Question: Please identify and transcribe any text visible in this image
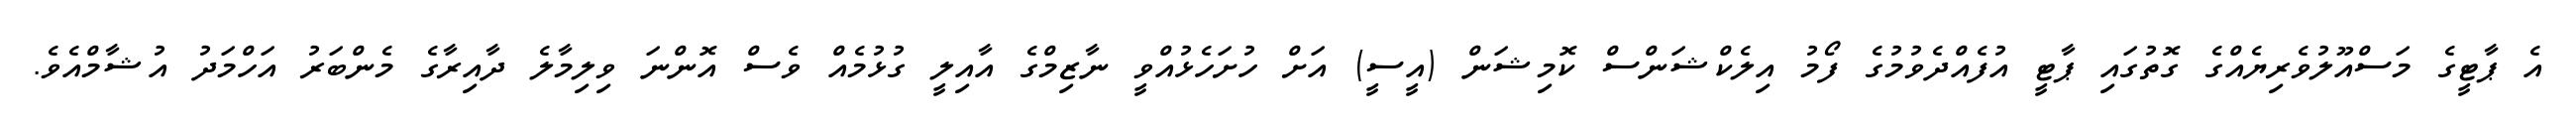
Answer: އެ ޕާޓީގެ މަސްއޫލުވެރިޔެއްގެ ގޮތުގައި ޕާޓީ އުފެއްދެވުމުގެ ފޯމު އިލެކްޝަންސް ކޮމިޝަން (އީސީ) އަށް ހުށަހެޅުއްވީ ނާޒިމްގެ އާއިލީ ގުޅުމެއް ވެސް އޮންނަ ވިލިމާލެ ދާއިރާގެ މެންބަރު އަހްމަދު އުޝާމްއެވެ.